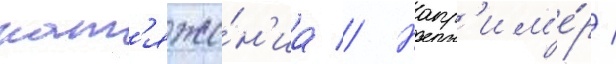
нат'яже́н'иа // Напр'им'е́р /